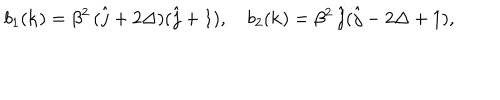
b _ { 1 } ( { \bf k } ) = \beta ^ { 2 } \, ( \hat { j } + 2 \Delta ) ( \hat { j } + 1 ) , \quad b _ { 2 } ( { \bf k } ) = \beta ^ { 2 } \, \hat { j } ( \hat { j } - 2 \Delta + 1 ) ,